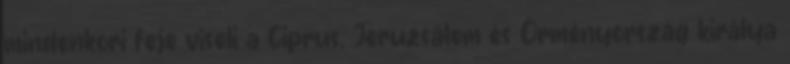
mindenkori feje viseli a Ciprus, Jeruzsálem és Örményország királya